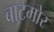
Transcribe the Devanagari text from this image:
बाटमोर